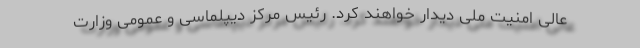
عالی امنیت ملی دیدار خواهند کرد. رئیس مرکز دیپلماسی و عمومی وزارت